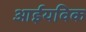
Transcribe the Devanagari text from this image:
आईयविक